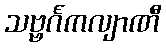
သဗ္ဗင်္ဂကလျာဏီ